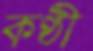
কণ্ঠী